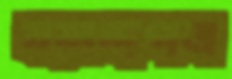
বরাদ্দপত্র